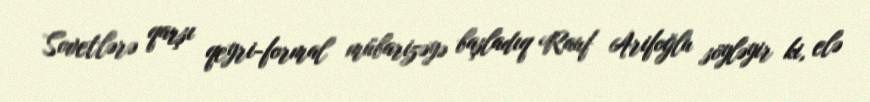
Sovetlərə qarşı qeyri-formal mübarizəyə başladıq Rauf Arifoğlu söyləyir ki, elə